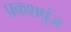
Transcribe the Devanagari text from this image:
प्रकशपुंज